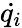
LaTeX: \dot{q_{i}}